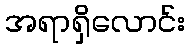
အရာရှိလောင်း